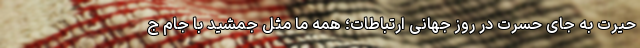
حیرت به جای حسرت در روز جهانی ارتباطات؛ همه ما مثل جمشید با جام ج